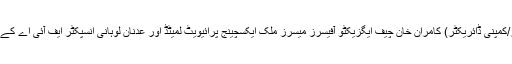
اجلاس میں عبدالرزق (سابق سینیٹر/کمپنی ڈائریکٹر) کامران خان چیف ایگزیکٹو آفیسرز میسرز ملک ایکسچینج پرائیویٹ لمیٹڈ اور عدنان لوہانی انسپکٹر ایف آئی اے کے خلاف انکوائری کی منظوری دی۔